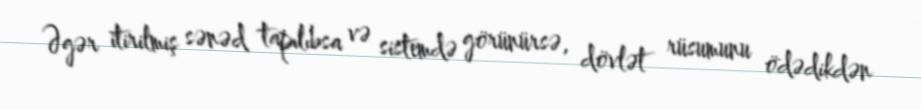
Əgər itirilmiş sənəd tapılıbsa və sistemdə görünürsə, dövlət rüsumunu ödədikdən